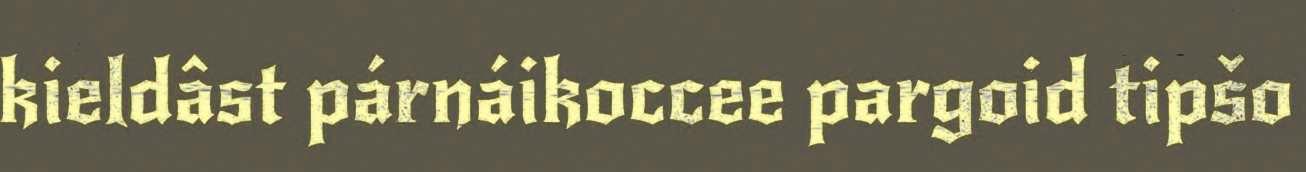
kieldâst párnáikoccee pargoid tipšo